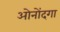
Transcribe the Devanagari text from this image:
ओनोंदगा